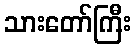
သားတော်ကြီး